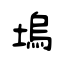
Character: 塢